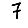
Digit: 7